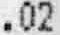
.02